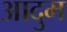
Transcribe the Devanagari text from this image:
आदुम